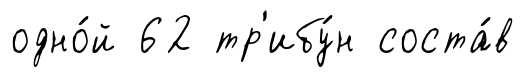
одно́й 62 тр'ибу́н соста́в